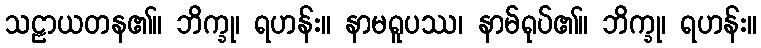
သဠာယတန၏။ ဘိက္ခု၊ ရဟန်း။ နာမရူပဿ၊ နာမ်ရုပ်၏။ ဘိက္ခု၊ ရဟန်း။